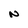
Character: N